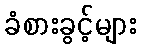
ခံစားခွင့်များ